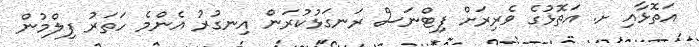
އަތޮޅާއި ށ. އަތޮޅުގެ ވެރިރަށް ފިޓްނަސް ރަނގަޅުކުރަން އިނގުރު އެންމެ ހަތަރު ފިލްމުން